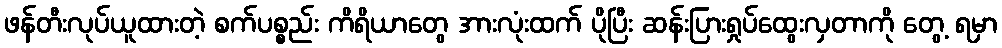
ဖန်တီးလုပ်ယူထားတဲ့ စက်ပစ္စည်း ကိရိယာတွေ အားလုံးထက် ပိုပြီး ဆန်းပြားရှုပ်ထွေးလှတာကို တွေ့ ရမှာ